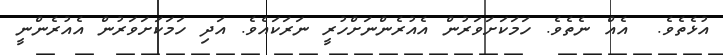
އުޅެތެވެ.  އެއް ނެތެވެ. ހަމަކަށަވަރުން އެއުރެންނަށްހުރީ ނަރަކައެވެ. އަދި ހަމަކަށަވަރުން އެއުރެންނީ